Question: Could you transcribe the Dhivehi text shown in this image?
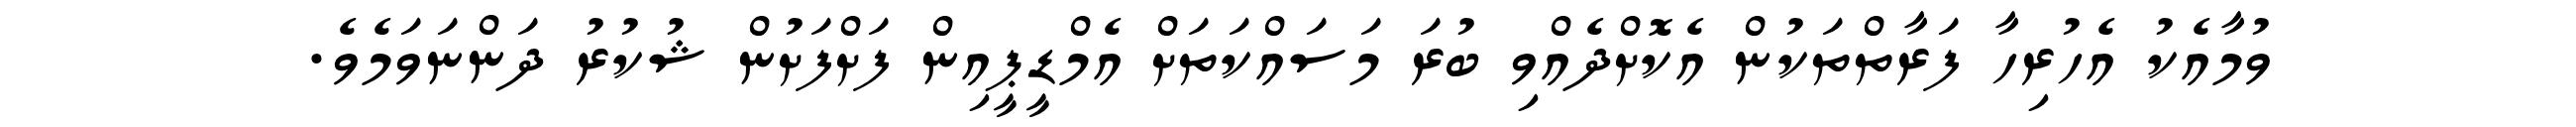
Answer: ވުމާއެކު އެހުރިހާ ފަރާތްތަކުން އެކޮށްދެއްވި ބުރަ މަސައްކަތަށް އެމްޑީޕީއިން ފަށްފަށުން ޝުކުރު ދަންނަވަމެވެ.